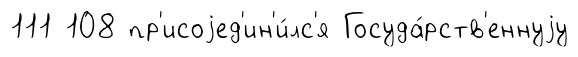
111 108 пр'исоjед'ин'и́лс'я Госуда́рств'еннуjу